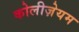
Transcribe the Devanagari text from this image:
कोलीज़ेयम